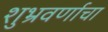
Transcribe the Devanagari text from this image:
शुभ्रवर्णाचा